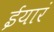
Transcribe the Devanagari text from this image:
ईयारं